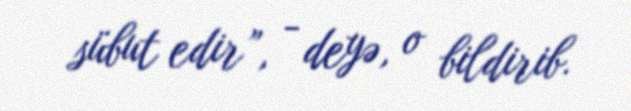
sübut edir”, - deyə, o bildirib.